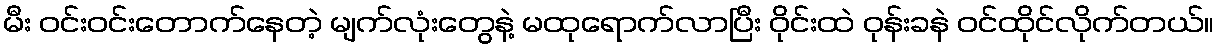
မီး ဝင်းဝင်းတောက်နေတဲ့ မျက်လုံးတွေနဲ့ မထုရောက်လာပြီး ဝိုင်းထဲ ဝုန်းခနဲ ဝင်ထိုင်လိုက်တယ်။